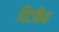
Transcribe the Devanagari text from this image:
विटकिन